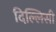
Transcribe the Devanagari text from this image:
दिल्लिसी